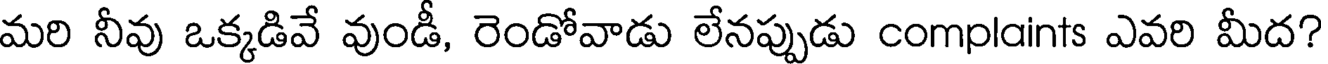
మరి నీవు ఒక్కడివే వుండీ, రెండోవాడు లేనప్పుడు complaints ఎవరి మీద?